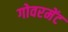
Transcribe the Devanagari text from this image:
गोवरमेंट